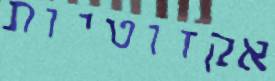
אקזוטיות